Indian journal of veterinary science and animal husbandry - Volume 14,
Year: 1944
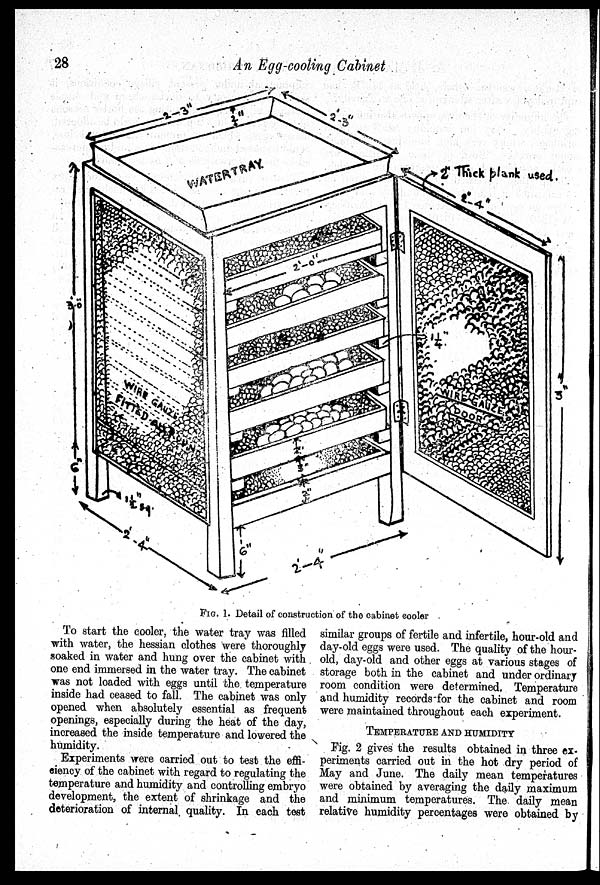
28
An Egg-cooling Cabinet
FIG. 1. Detail of construction of the cabinet cooler
To start the cooler, the water tray was filled
with water, the hessian clothes were thoroughly
soaked in water and hung over the cabinet with
one end immersed in the water tray. The cabinet
was not loaded with eggs until the temperature
inside had ceased to fall. The cabinet was only
opened when absolutely essential as frequent
openings, especially during the heat of the day,
increased the inside temperature and lowered the
humidity.
Experiments were carried out to test the effi-
ciency of the cabinet with regard to regulating the
temperature and humidity and controlling embryo
development, the extent of shrinkage and the
deterioration of internal quality. In each test
similar groups of fertile and infertile, hour-old and
day-old eggs were used. The quality of the hour-
old, day-old and other eggs at various stages of
storage both in the cabinet and under ordinary
room condition were determined, Temperature
and humidity records for the cabinet and room
were maintained throughout each experiment.
TEMPERATURE AND HUMIDITY
Fig. 2 gives the results obtained in three ex-
periments carried out in the hot dry period of
May and June. The daily mean temperatures
were obtained by averaging the daily maximum
and minimum temperatures. The daily mean
relative humidity percentages were obtained by